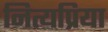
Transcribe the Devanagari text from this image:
नित्यप्रिया